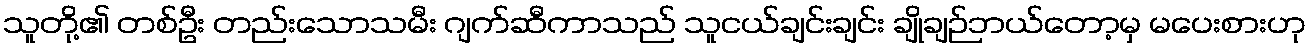
သူတို့၏ တစ်ဦး တည်းသောသမီး ဂျက်ဆီကာသည် သူငယ်ချင်းချင်း ချိုချဉ်ဘယ်တော့မှ မပေးစားဟု